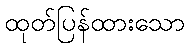
ထုတ်ပြန်ထားသော